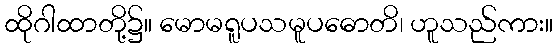
ထိုဂါထာတို့၌။ မောမရူပသမူပဓောတိ၊ ဟူသည်ကား။